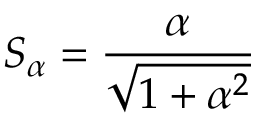
S _ { \alpha } = \frac { \alpha } { \sqrt { 1 + \alpha ^ { 2 } } }